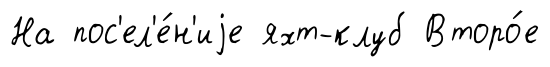
На пос'ел'е́н'иjе яхт-клуб Второ́е